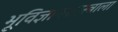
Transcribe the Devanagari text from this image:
भूविज्ञानशास्त्राला